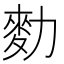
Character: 𪋾